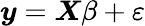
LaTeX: \boldsymbol{y}=\boldsymbol{X}\beta+\varepsilon